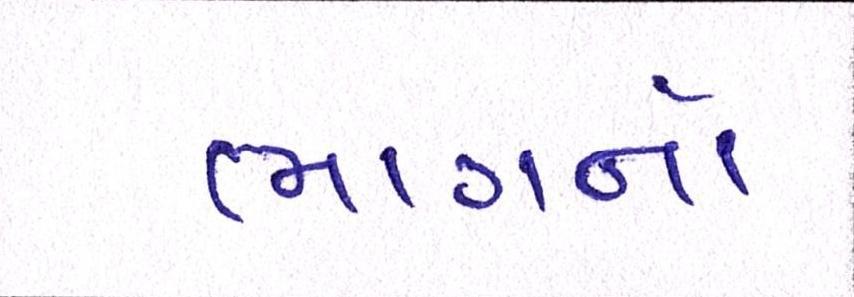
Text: ભાગનો